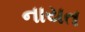
નાયત